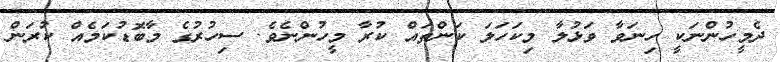
ދެމީހުންނަކީ ހިނަވާ ވަޅުލާ މިކަހަލަ ކަންތައް ކުރާ މީހުންނެވެ. ސިހުރުގެ މާބޮޑުކަމެއް ކުރަން